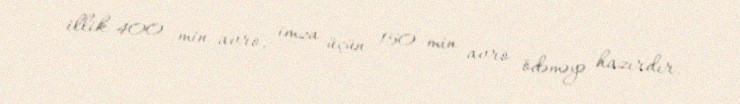
illik 400 min avro, imza üçün 150 min avro ödəməyə hazırdır.